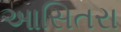
આસિતરા